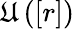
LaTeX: \mathfrak{U}\left(\left[r\right]\right)